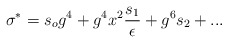
\begin{align*}\sigma^*=s_og^4+g^4x^2{s_1\over \epsilon}+g^6s_2+...\end{align*}